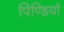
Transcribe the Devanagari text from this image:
पिण्डियाँ